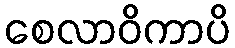
စေလာဝိကာပိ